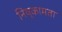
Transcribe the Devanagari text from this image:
निष्कामता